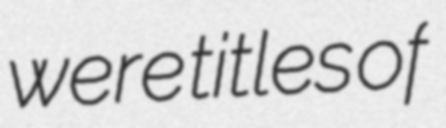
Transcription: were titles of